Indian Civil Veterinary Department memoirs
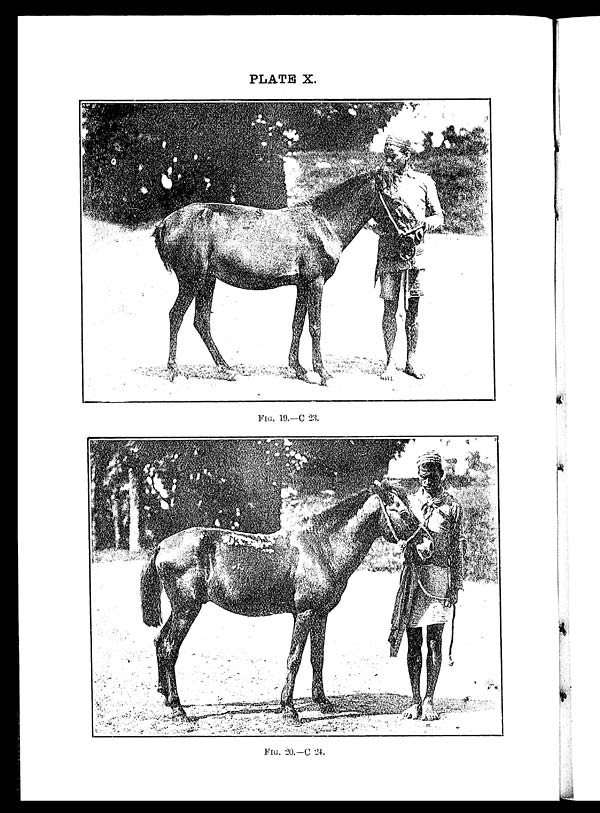
PLATE X.
FIG. 19.—C 23.
FIG. 20.—C 24.